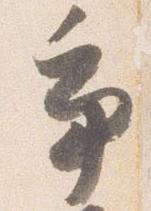
争